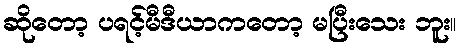
ဆိုတော့ ပရင့်မီဒီယာကတော့ မပြီးသေး ဘူး။